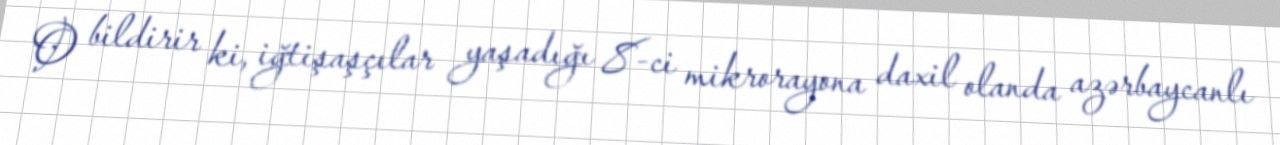
O bildirir ki, iğtişaşçılar yaşadığı 8-ci mikrorayona daxil olanda azərbaycanlı